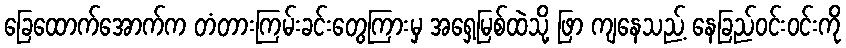
ခြေထောက်အောက်က တံတားကြမ်းခင်းတွေကြားမှ အရှေ့မြစ်ထဲသို့ ဖြာ ကျနေသည့် နေခြည်ဝင်းဝင်းကို